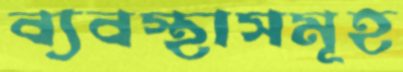
ব্যবস্থাসমূহ